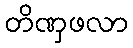
တိဏှဖလာ